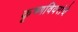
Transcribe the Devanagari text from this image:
कृष्णविवरांचे